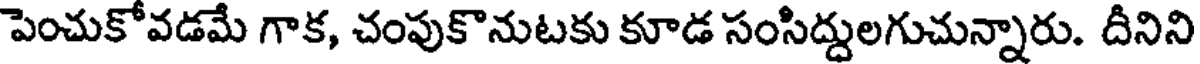
పెంచుకోవడమే గాక, చంపుకొనుటకు కూడ సంసిద్దులగుచున్నారు. దీనిని